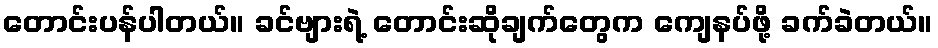
တောင်းပန်ပါတယ်။ ခင်ဗျားရဲ့ တောင်းဆိုချက်တွေက ကျေနပ်ဖို့ ခက်ခဲတယ်။